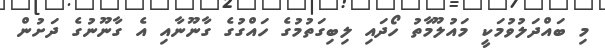
މި ބައްދަލުވުމަކީ މައުލޫމާތު ހޯދައި ލިބިގަތުމުގެ ހައްގުގެ ގާނޫނާއި އެ ގާނޫނުގެ ދަށުން